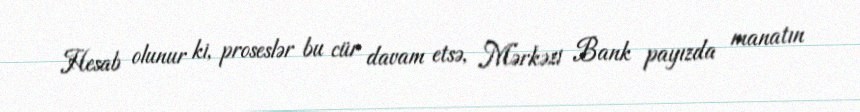
Hesab olunur ki, proseslər bu cür davam etsə, Mərkəzi Bank payızda manatın